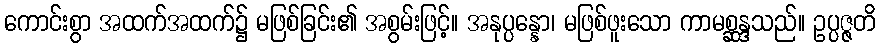
ကောင်းစွာ အထက်အထက်၌ မဖြစ်ခြင်း၏ အစွမ်းဖြင့်။ အနုပ္ပန္နော၊ မဖြစ်ဖူးသော ကာမစ္ဆန္ဒသည်။ ဥပ္ပဇ္ဇတိ